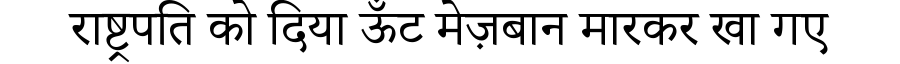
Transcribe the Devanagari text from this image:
राष्ट्रपति को दिया ऊँट मेज़बान मारकर खा गए